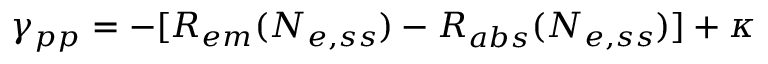
\gamma _ { p p } = - [ R _ { e m } ( N _ { e , s s } ) - R _ { a b s } ( N _ { e , s s } ) ] + \kappa